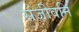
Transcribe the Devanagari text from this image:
संजीवनि